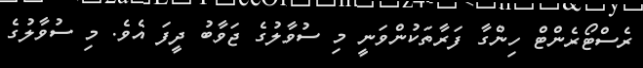
ރެސްޓޯރެންޓް ހިންގާ ފަރާތަކުންވަނީ މި ސުވާލުގެ ޖަވާބު ދީފަ އެވެ. މި ސުވާލުގެ